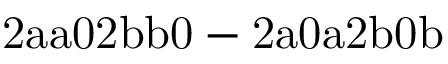
\mathrm { 2 a a 0 2 b b 0 - 2 a 0 a 2 b 0 b }